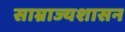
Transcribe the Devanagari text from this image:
साम्राज्यशासन